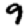
Digit: 9